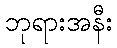
ဘုရားအနီး